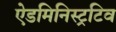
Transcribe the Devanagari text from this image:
ऐडमिनिस्ट्रटिव